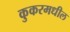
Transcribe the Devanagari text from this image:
कुकरमधील